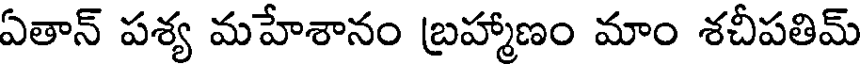
ఏతాన్ పశ్య మహేశానం బ్రహ్మాణం మాం శచీపతిమ్